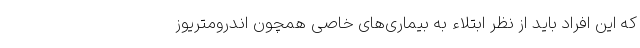
که این افراد باید از نظر ابتلاء به بیماری‌های خاصی همچون اندرومتریوز